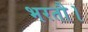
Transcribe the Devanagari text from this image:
भरतौ।